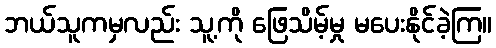
ဘယ်သူကမှလည်း သူ့ကို ဖြေသိမ့်မှု မပေးနိုင်ခဲ့ကြ။